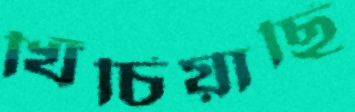
খিঁচিয়াছি